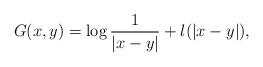
LaTeX: \begin{align*} G(x,y) = \log \frac 1 { |x-y| } + \l (|x - y|) , \end{align*}